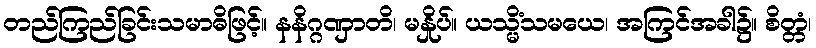
တည်ကြည်ခြင်းသမာဓိဖြင့်။ နနိဂ္ဂဏှာတိ၊ မနှိုပ်။ ယသ္မိံသမယေ၊ အကြင်အခါ၌။ စိတ္တံ၊